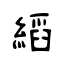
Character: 縚